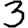
Digit: 3